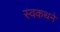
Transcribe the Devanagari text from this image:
स्वकथने